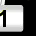
Digit: 1